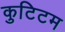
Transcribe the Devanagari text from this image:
कुटिटम